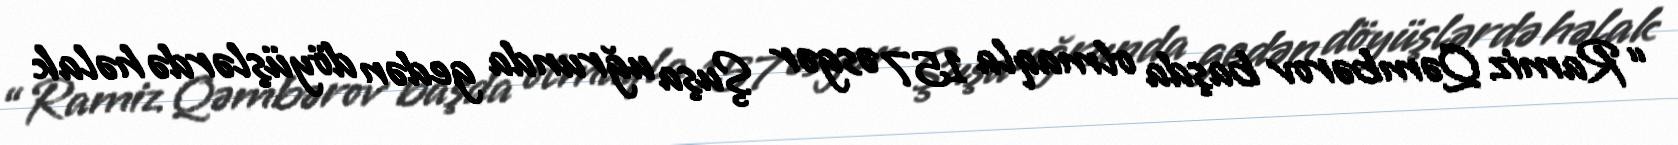
“Ramiz Qəmbərov başda olmaqla 157 əsgər Şuşa uğrunda gedən döyüşlərdə həlak